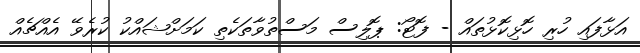
އަޅާފައި ހުރި ހޮޅިކޮޅުތައް - ފޮޓޯ: ޕޮލިސް މަސްތުވާތަކެތި ކަމަށްޝައްކު ކުރެވޭ އެއްޗެއް